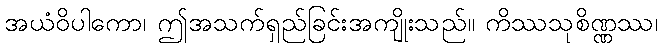
အယံဝိပါကော၊ ဤအသက်ရှည်ခြင်းအကျိုးသည်။ ကိဿသုစိဏ္ဏဿ၊